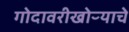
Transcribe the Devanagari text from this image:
गोदावरीखोऱ्याचे